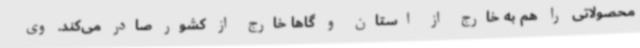
محصولاتی را هم به خارج از استان و گاها خارج از کشور صادر می‌کند. وی